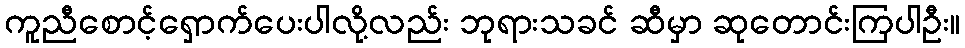
ကူညီစောင့်ရှောက်ပေးပါလို့လည်း ဘုရားသခင် ဆီမှာ ဆုတောင်းကြပါဦး။